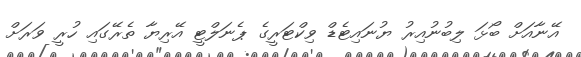
އޭނާއަށް ބޯޅަ ލިބުނުއިރު ޔުނައިޓެޑް ވިކްޓަރީގެ ޕެނަލްޓީ އޭރިޔާ ތެރޭގައި ހުރީ ވަރަށް